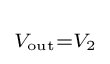
\scriptstyle V_{\text{out}}=V_{2}